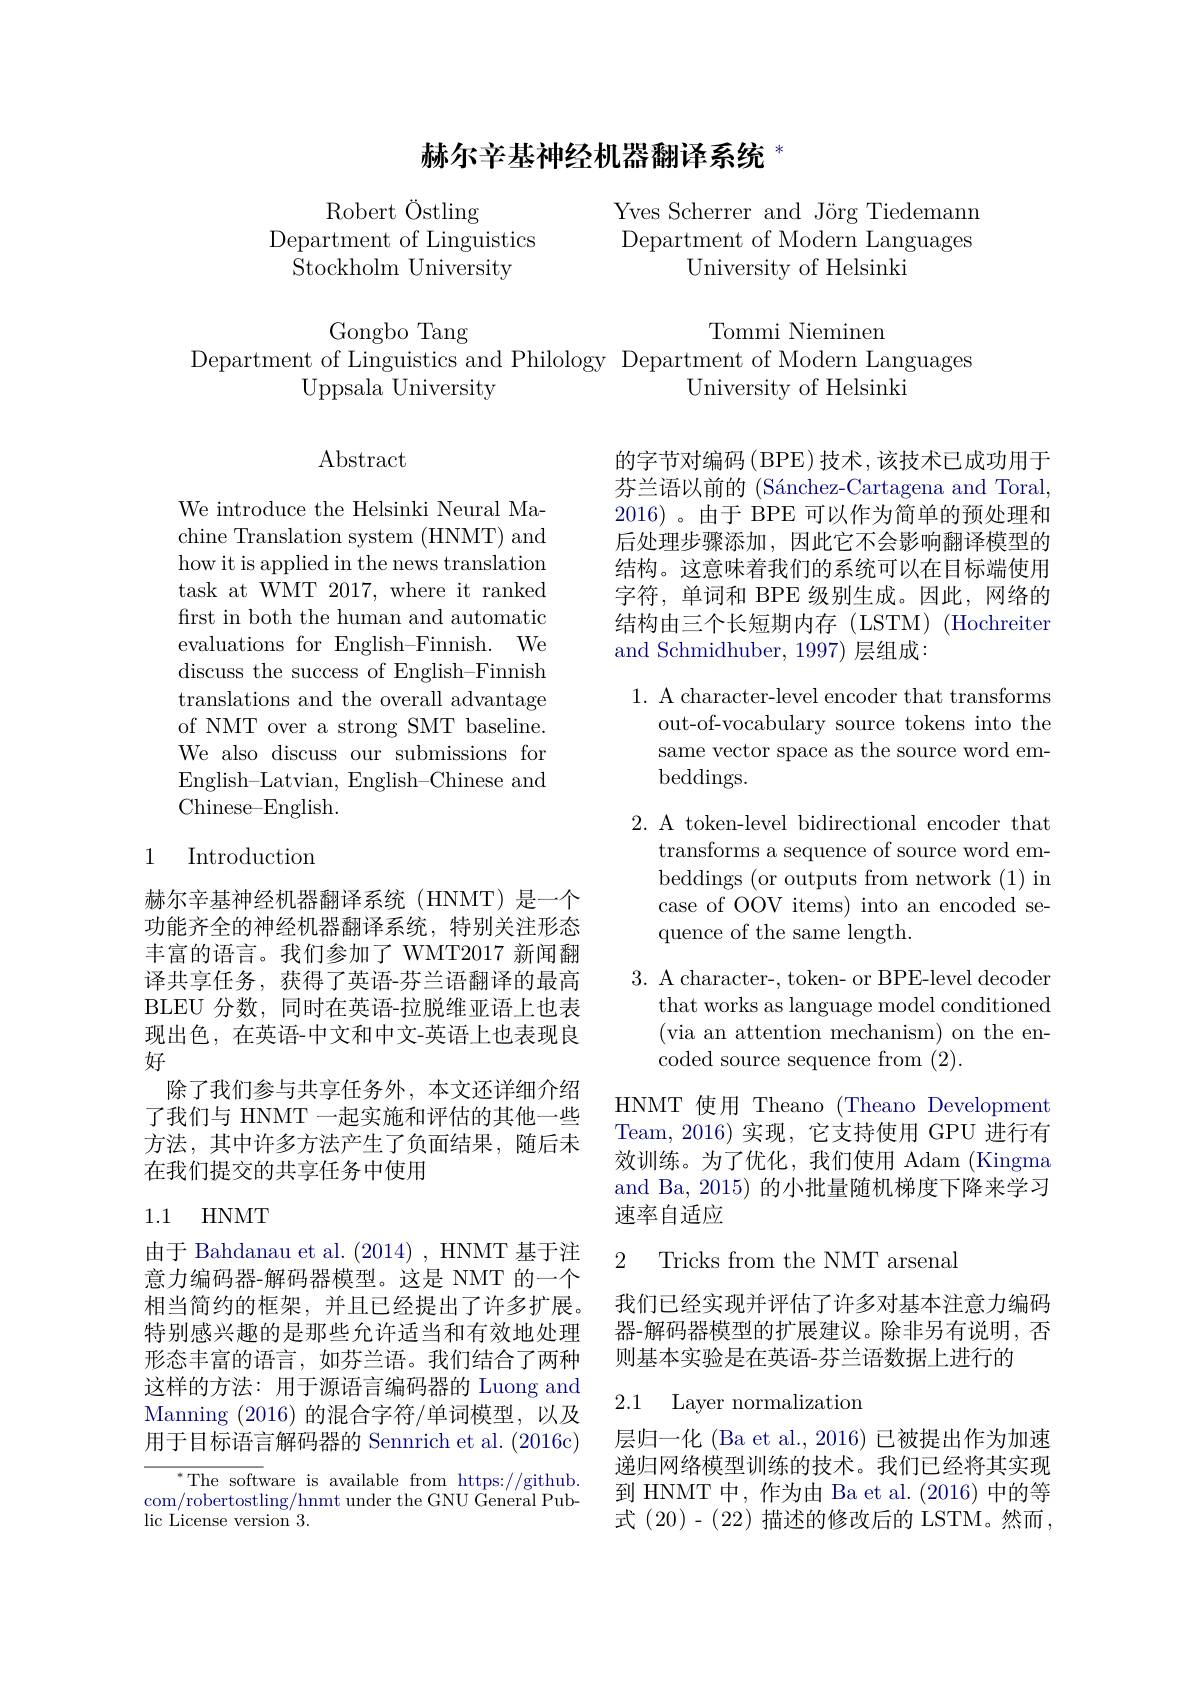
# 赫尔辛基神经机器翻译系统$^*$

Robert Östling
Department of Linguistics
Stockholm University

Yves Scherrer and Jörg Tiedemann Department of Modern Languages
University of Helsinki

Tommi Nieminen

Gongbo Tang
Department of Linguistics and Philology Department of Modern Languages

Uppsala University
University of Helsinki

Abstract

的字节对编码(BPE)技术，该技术已成功用于芬兰语以前的 (Sánchez-Cartagena and Toral, 2016)。由于 BPE 可以作为简单的预处理和后处理步骤添加，因此它不会影响翻译模型的结构。这意味着我们的系统可以在目标端使用字符，单词和 BPE 级别生成。因此，网络的结构由三个长短期内存(LSTM)(Hochreiter and Schmidhuber, 1997) 层组成：

We introduce the Helsinki Neural Machine Translation system (HNMT) and how it is applied in the news translation task at WMT 2017, where it ranked first in both the human and automatic evaluations for English-Finnish. We discuss the success of English-Finnish translations and the overall advantage of NMT over a strong SMT baseline. We also discuss our submissions for English- Latvian, English- Chinese and Chinese- English.

1. A character-level encoder that transforms
out-of-vocabulary source tokens into the same vector space as the source word embeddings.

## 1 Introduction

2. A token-level bidirectional encoder that
transforms a sequence of source word embeddings (or outputs from network (1) in case of OOV items) into an encoded sequence of the same length.

3. A character-, token- or BPE-level decoder
that works as language model conditioned (via an attention mechanism) on the encoded source sequence from (2).

赫尔辛基神经机器翻译系统(HNMT)是一个功能齐全的神经机器翻译系统，特别关注形态丰富的语言。我们参加了 WMT2017 新闻翻译共享任务，获得了英语-芬兰语翻译的最高BLEU 分数，同时在英语-拉脱维亚语上也表现出色，在英语-中文和中文-英语上也表现良好
除了我们参与共享任务外，本文还详细介绍了我们与 HNMT 一起实施和评估的其他一些方法，其中许多方法产生了负面结果，随后未在我们提交的共享任务中使用

HNMT 使用 Theano (Theano Development Team,2016)实现，它支持使用 GPU 进行有效训练。为了优化，我们使用 Adam (Kingma and Ba, 2015) 的小批量随机梯度下降来学习速率自适应

## 1.1 HNMT

2 Tricks from the NMT arsenal

我们已经实现并评估了许多对基本注意力编码器-解码器模型的扩展建议。除非另有说明，否则基本实验是在英语-芬兰语数据上进行的

由于 Bahdanau et al. (2014), HNMT 基于注意力编码器-解码器模型。这是 NMT 的一个相当简约的框架，并且已经提出了许多扩展。特别感兴趣的是那些允许适当和有效地处理形态丰富的语言，如芬兰语。我们结合了两种这样的方法：用于源语言编码器的 Luong and Manning (2016) 的混合字符/单词模型，以及用于目标语言解码器的 Sennrich et al. (2016c)

### 2.1 Layer normalization

层归一化 (Ba et al., 2016) 已被提出作为加速递归网络模型训练的技术。我们已经将其实现到 HNMT 中，作为由 Ba et al. (2016)中的等式 (20)- (22) 描述的修改后的 LSTM。然而，

$^*$The software is available from https://github com/robertostling/hnmt under the GNU General Public License version 3.